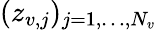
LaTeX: (z_{v,j})_{j=1,\dots,N_{v}}